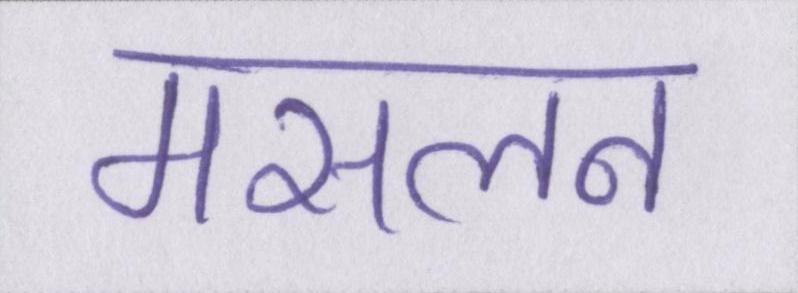
मसलन